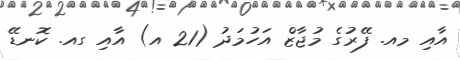
އާއި މއ. ފޭރުގެ މުޖާޒް އަހުމަދު (21 އ) އާއި ގއ. ކޮނޑޭ